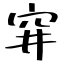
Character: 穽